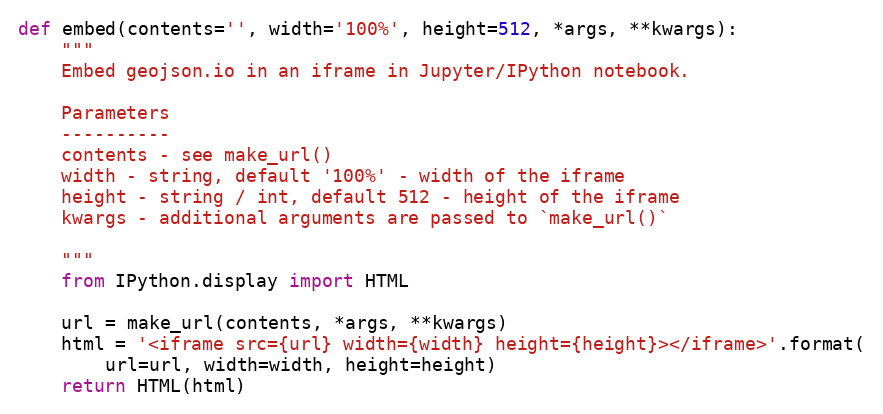
Language: Python
def embed(contents='', width='100%', height=512, *args, **kwargs):
    """
    Embed geojson.io in an iframe in Jupyter/IPython notebook.

    Parameters
    ----------
    contents - see make_url()
    width - string, default '100%' - width of the iframe
    height - string / int, default 512 - height of the iframe
    kwargs - additional arguments are passed to `make_url()`

    """
    from IPython.display import HTML

    url = make_url(contents, *args, **kwargs)
    html = '<iframe src={url} width={width} height={height}></iframe>'.format(
        url=url, width=width, height=height)
    return HTML(html)